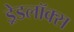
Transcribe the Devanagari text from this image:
ड्रेडलॉक्स